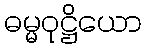
ဓမ္မဝုဋ္ဌိယော